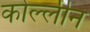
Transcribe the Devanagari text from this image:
कोल्लीन